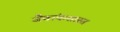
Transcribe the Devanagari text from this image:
जैवांकशास्त्र